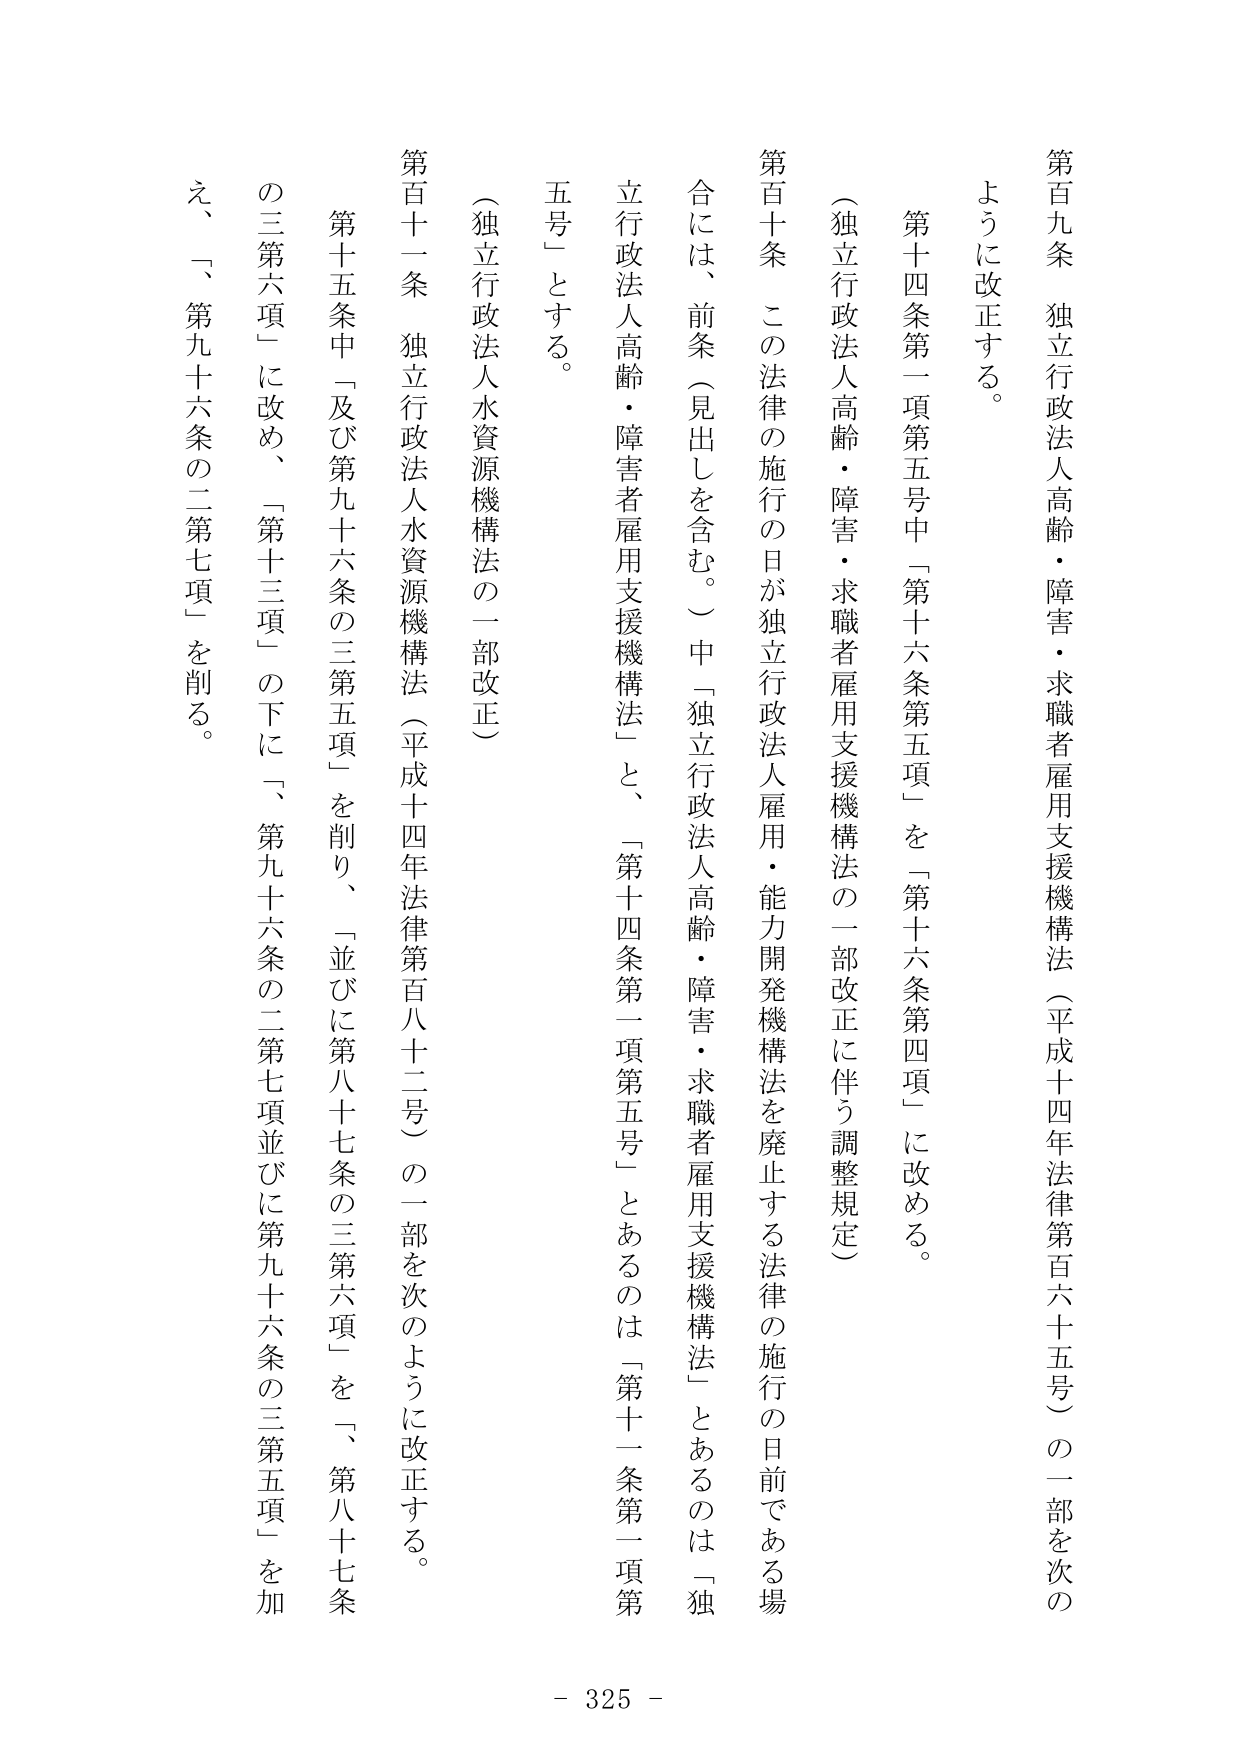
第百九条　独立行政法人高齢・障害・求職者雇用支援機構法（平成十四年法律第百六十五号）の一部を次の
ように改正する。

　第十四条第一項第五号中「第十六条第五項」を「第十六条第四項」に改める。

（独立行政法人高齢・障害・求職者雇用支援機構法の一部改正に伴う調整規定）

第百十条　この法律の施行の日が独立行政法人雇用・能力開発機構法を廃止する法律の施行の日前である場
合には、前条（見出しを含む。）中「独立行政法人高齢・障害・求職者雇用支援機構法」とあるのは「独
立行政法人高齢・障害者雇用支援機構法」と、「第十四条第一項第五号」とあるのは「第十一条第一項第
五号」とする。

（独立行政法人水資源機構法の一部改正）

第百十一条　独立行政法人水資源機構法（平成十四年法律第百八十二号）の一部を次のように改正する。

　第十五条中「及び第九十六条の三第五項」を削り、「並びに第八十七条の三第六項」を「第八十七条
の三第六項」に改め、「第十三項」の下に「第九十六条の二第七項並びに第九十六条の三第五項」を加
え、「第九十六条の二第七項」を削る。

- 325 -